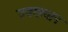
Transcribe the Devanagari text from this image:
ज्वरप्रधान